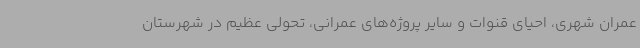
عمران شهری، احیای قنوات و سایر پروژه‌های عمرانی، تحولی عظیم در شهرستان